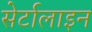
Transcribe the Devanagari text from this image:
सेर्टालाइन